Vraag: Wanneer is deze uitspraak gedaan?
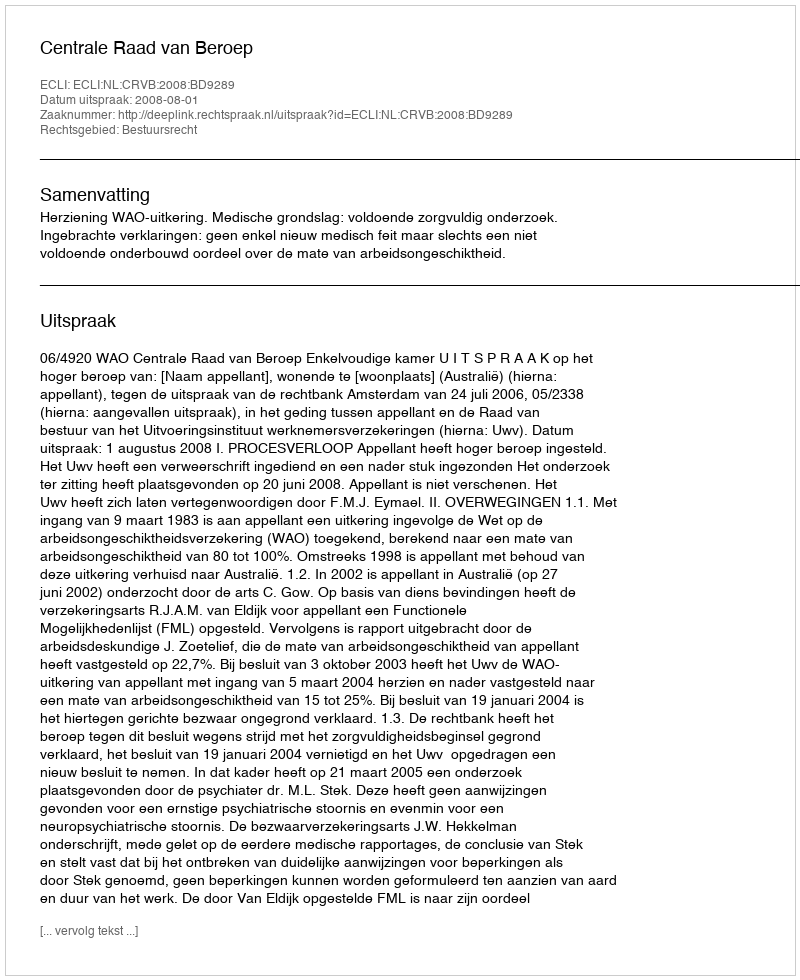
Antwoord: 2008-08-01